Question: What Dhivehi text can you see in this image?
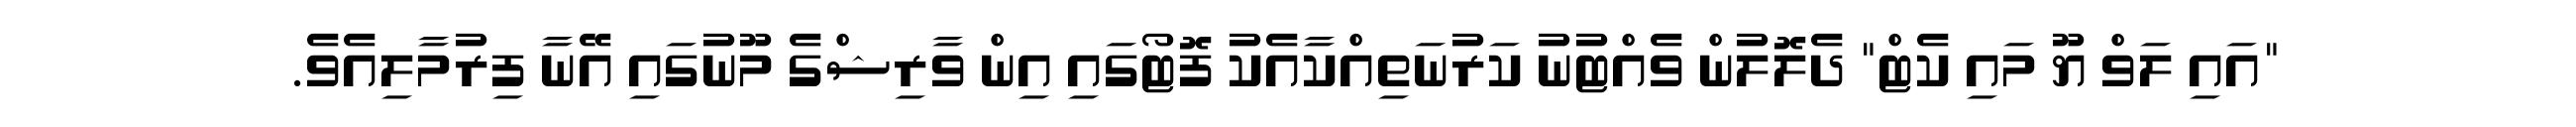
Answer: "އައި ލަވް ޔޫ މައި ކެޓް" ދެލޮލުން ވެއްޓުނު ކަރުނަތިއްކާއެކު ފޮޓޯގައި އިން ވާރިޝްގެ މޫނުގައި އޭނާ ފިރުމާލިއެވެ.